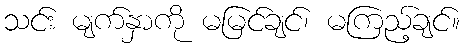
သင်း မျက်နှာကို မမြင်ချင်၊ မကြည့်ချင်။